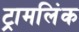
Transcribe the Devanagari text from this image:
ट्रामलिंक